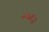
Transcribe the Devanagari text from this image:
०६९३